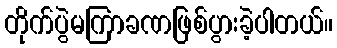
တိုက်ပွဲမကြာခဏဖြစ်ပွားခဲ့ပါတယ်။